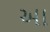
અા